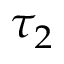
\tau _ { 2 }